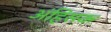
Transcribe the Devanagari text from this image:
अंहिसक